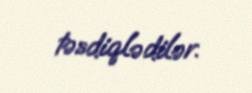
təsdiqlədilər.